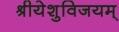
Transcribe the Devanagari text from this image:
श्रीयेशुविजयम्